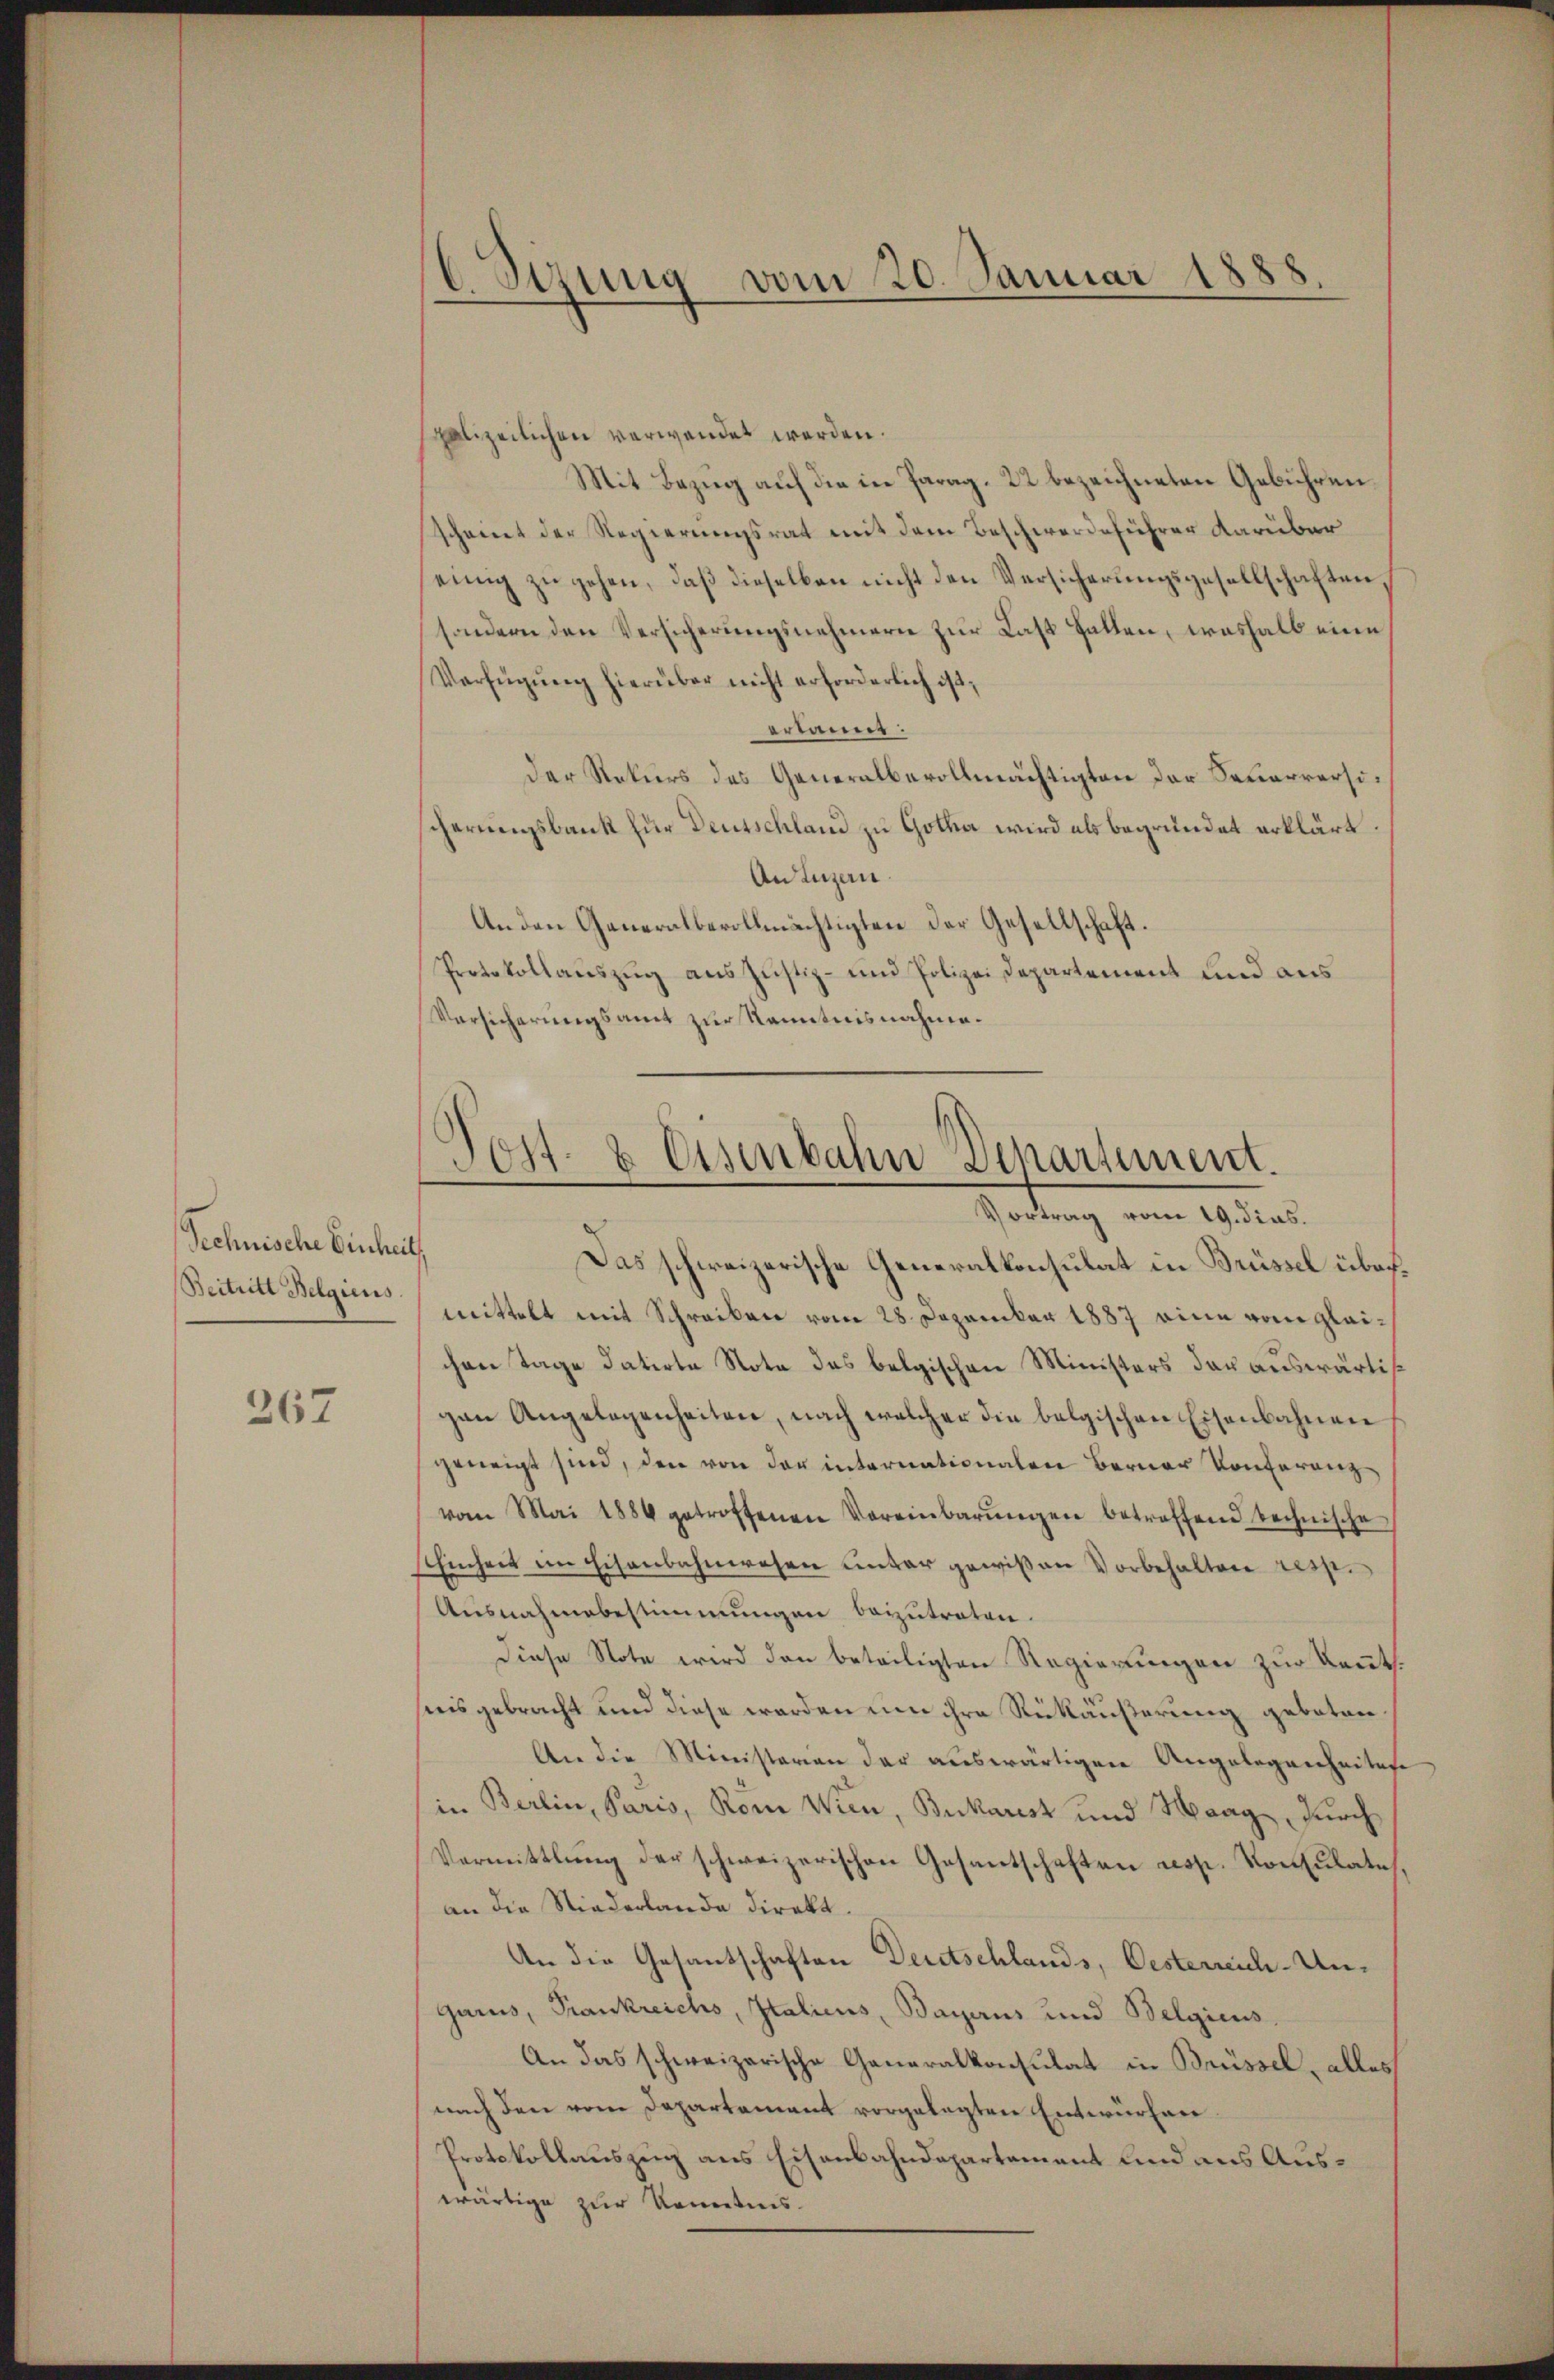
Technische Einheit
Beitritt Belgiens

367

6 Sizung vom 20. Januar 1888.

spolizeilichen verwendet werden.
Mit Bezug auf die in Parag. 22 bezeichneten Gebühren
scheint der Regierungsrat mit dem Beschwerdeführer darüber
einig zu gehen, daß dieselben nicht den Versicherungsgesellschaften,
sondern den Versicherungsnehmern zur Last Hallen, weshalb eine
Verfügung hierüber nicht erforderlich ist,
erkann:
Der Rekurs des Generalbevollmächtigten der Feuerversischerungsbank für Deutschland zu Gotha wird als begründet erklärt.
An Luzern.
An den Generalbevollmächtigten der Gesellschaft.
Protokollauszug aus Justiz- und Polizei Departement und aus
Versicherungsamt zur Kenntnisnahme.

Post- & Eisenbahn Departement.
Vortrag vom 19. dies.

Das schweizerische Generalkonsulat in Brüssel übermittelt mit Schreiben vom 28. Dezember 1887 eine vom gleichen Tage datirte Nota des belgischen Ministers das auswärtigen Angelegenheiten, nach welcher die belgischen Eisenbahnen
geneigt sind, den von der internationalen Berner Konferenz
vom Mai 1886 getroffenen Vereinbarŭngen betroffend technische
Thenheit im Eisenbahnwesen unter gewißen Vorbehalten resp.
Ausnahmebestimmungen beizutreten.
Diese Note wird den beteiligten Regierungen zur Kennt.
nisgebracht und diese werden um ihre Rückäußerung geboten.
An die Ministerien der auswärtigen Angelegenheitese
in Berlin, Paris, Rom Wien, Bukarest und Haag, durch
Vermittlung der schweizerischen Gesantschaften resp. Konsulates,
an die Niederlande direkt.
An die Gesantschaften Deutschlands, Oesterreich-Ungaris, Frankreichs, Italicus, Bayerus und Belgiens,
An das schweizerische Generalkonsulat in Brüssel, alles
nach den vom Departement vorgelegten Entwürfen.
Protokollauszug aus Eisenbahndepartement und ans Auswärtige zur Kenntnis.